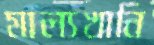
মাল্যখানি